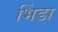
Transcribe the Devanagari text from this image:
भिंडा